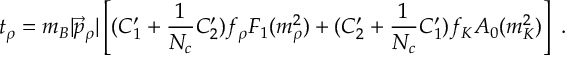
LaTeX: t _ { \rho } = m _ { B } | \vec { p } _ { \rho } | \left[ ( C _ { 1 } ^ { \prime } + \frac { 1 } { N _ { c } } C _ { 2 } ^ { \prime } ) f _ { \rho } F _ { 1 } ( m _ { \rho } ^ { 2 } ) + ( C _ { 2 } ^ { \prime } + \frac { 1 } { N _ { c } } C _ { 1 } ^ { \prime } ) f _ { K } A _ { 0 } ( m _ { K } ^ { 2 } ) \right] \ .